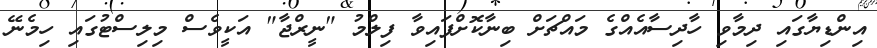
އިންޑިޔާގައި ދިމާވި ހާދިސާއެއްގެ މައްޗަށް ބިނާކޮށްފައިވާ ފިލްމު "ނީރްޖާ" އަކީވެސް މިލިސްޓުގައި ހިމެނޭ